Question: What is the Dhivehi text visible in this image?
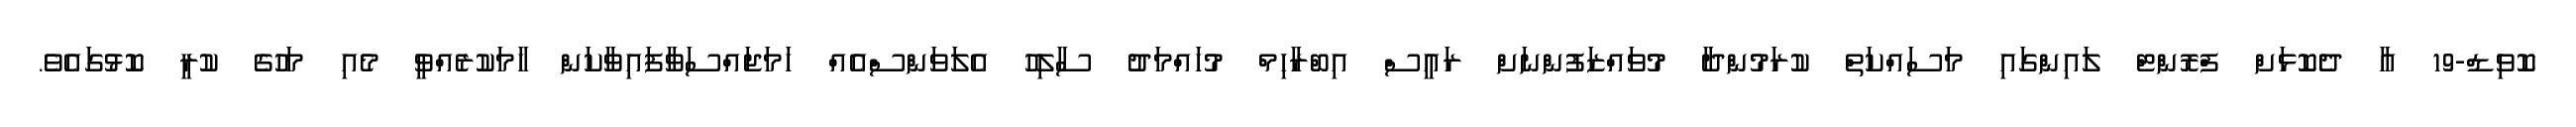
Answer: ކޮވިޑް-19 އާ ދެކޮޅަށް ފްރޮންޓް ލައިންގައި މަސައްކަތް ކުރަމުންދާ މުވައްޒަފުންނަށް ރައީސް އިބްރާހިމް މުހައްމަދު ސާލިހު އެލަވަންސްއެއް ހަމަޖައްސަވާފައިވާކަން ހާމަކުރެއްވީ މެއި މަހުގެ ކުރީ ކޮޅުގައެވެ.